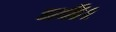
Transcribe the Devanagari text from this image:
धनी।